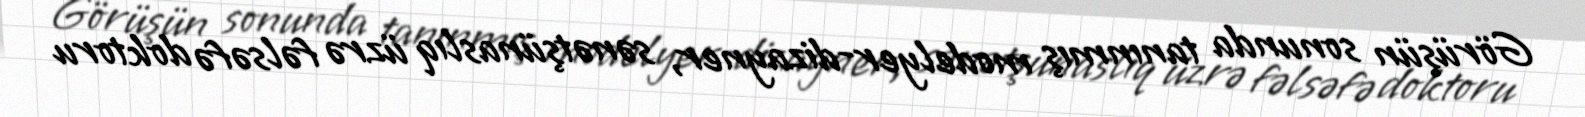
Görüşün sonunda tanınmış modelyer-dizayner, sənətşünaslıq üzrə fəlsəfə doktoru